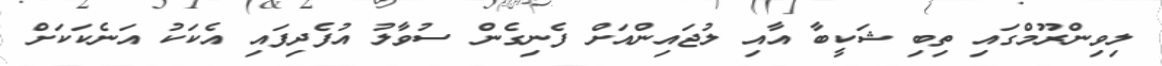
ލިވިންރޫމްގައި ތިބި ޝަކީބާ އާއި ލުޖައިންއަށް ފެނިގެން ސުވާލު އުފެދިފައި އެކަކު އަނެކަކަށް